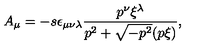
A _ { \mu } = - s \epsilon _ { \mu \nu \lambda } \frac { p ^ { \nu } \xi ^ { \lambda } } { p ^ { 2 } + \sqrt { - p ^ { 2 } } ( p \xi ) } ,